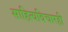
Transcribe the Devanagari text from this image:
साहित्यविचारही